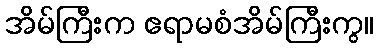
အိမ်ကြီးက ဧရာမစံအိမ်ကြီးကွ။